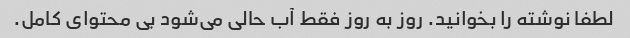
لطفا نوشته را بخوانید. روز به روز فقط آب حالی می‌شود بی محتوای کامل.